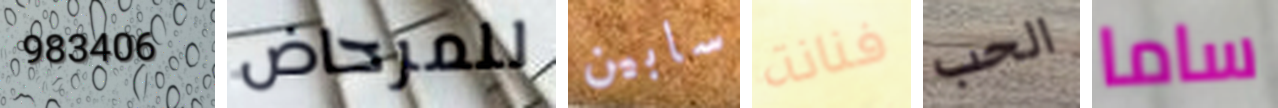
983406 للمرحاض سابين فنانة الحب ساما